Calcutta medical institutions reports 1892-1900
Year: 1892
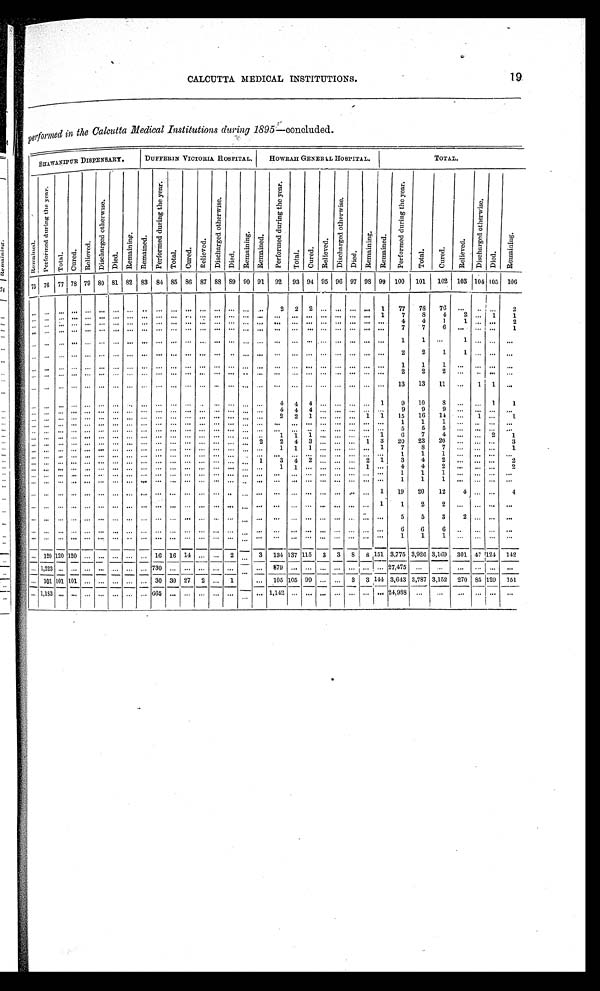
19
CALCUTTA MEDICAL INSTITUTIONS.
performed in the Calcutta Medical Institutions during 1895 —concluded
.
B H A W A N I P U R D I S P E N S A R Y .
DUFFERIN VICTORIA HOSPITAL.
HOWRAH GENERAL HOSPITAL.
TOTAL.
R e m a i n e d .
P e r f o r m e d d u r i n g t h e y e a r .
T o t a l .
C u r e d .
R e l i e v e d .
D i s c h a r g e d o t h e r w i s e .
D i e d .
Remai ni ng.
R e m a i n e d .
P e r f o r m e d d u r i n g t h e y e a r .
T o t a l .
C u r e d .
R e l i e v e d
D i s c h a r g e d o t h e r w i s e .
D i e d .
R e m a i n i n g .
R e m a i n e d .
P e r f o r m e d d u r i n g t h e y e a r .
T o t a l .
C u r e d .
R e l i e v e d .
D i s c h a r g e d o t h e r w i s e .
D i e d .
R e m a i n i n g .
R e m a i n e d .
P e r f o r m e d d u r i n g t h e y e a r .
T o t a l .
C u r e d .
R e l i e v e d .
D i s c h a r g e d o t h e r w i s e .
D i e d .
R e m a i n i n i g .
9 4
9 5
9 6
9 7
9 8
9 9
1 0 0
1 0 1
1 0 2
1 0 3
1 0 4
1 0 5 1 0 6
82
8 3
8 4
8 5
8 6 87
8 8
8 9
90
9 1
9 2
9 3
8 0
8 1
77
7 8 7 9
7 5
7 6
2
. . .
. . .
. . .
. . .
1
7 7
7 8
7 6
. . .
. . .
. . .
2
. . .
. . .
. . .
. . .
. . . . . .
. . .
. . .
. . .
. . .
2
2
. . .
. . .. . . . . .
. . .
. . .
4
2
. . .
1
1
7
8
1
. . .
. . .
. . .
. . .
. . .
. . .
. . .
. . .
. . .
. . .
. . .
1
. . .
4
4
1
. . .
. . .
2
. . .
. . .
. . .
. . .
. . .. . .
. . .
. . .
. . .
. . . . . .
. . .
. . .
. . .
. . .
. . .
. . .
. . .
. . .
. . .
. . .
. . .
. . .. . .
. . .
. . .
. . .
. . .
. . .
. . . . . .
. . .
. . .
. . .
7
7
6 . . .
. . .
. . .
1
. . .
. . .. . .
. . .
. . .
. . .
. . .
. . .
. . .
. . .
. . .
. . . . . .
. . .
. . .
. . .
. . .
. . .
. . .
. . .
. . .
. . .
1
1
. . . 1
. . .
. . .
. . .
. . . . . .
. . .
. . .
. . .
. . .
. . .. . . . . .
. . .
. . .
. . .
. . .
. . .
. . .
. . .
. . .
. . . . . .
. . .
. . .
. . .
. . .
. . .
. . .
. . .
. . .
. . .
. . .
. . .
. . .
2
2
1 1
. . .
. . .
. . .
. . .
. . . . . .
. . .
. . .
. . .
. . .
. . .
. . .
. . .
. . .
. . . . . .
. . .
. . .
. . .
. . .
. . .
. . .
. . .
. . .
. . .
. . .
. . .
. . .
1
1
1 . . .
. . .
. . . . . .
. . .
. . .. . .
. . .
. . .
. . .
. . .
. . .
. . .
. . .
. . .
. . . . . .
. . .
. . .
. . .
. . .
. . .
. . .
. . .
. . .
. . .
. . .
. . .
. . .
2
2
2
. . .
. . .
. . .
. . .
. . .
. . .
. . .
. . .
. . .
. . .
. . .
. . .
. . .
. . .
. . .
. . .
. . .
. . .
. . .. . .
. . .
. . .
. . .
. . .
. . .
. . .
. . .
. . .
1 3
1 3
1 1
. . .
1
1 . . .
. . .
. . . . . .
. . .
. . .
. . .
. . .
. . .
. . .
. . .
. . .
. . .
. . . . . .
. . .
. . .
. . .
. . .
. . .
. . .
. . .
. . .
. . .
. . .
. . .
. . .
. . .
. . .
. . .
. . .
. . .
. . .
. . .
. . .
. . .
. . .
. . .
. . .
. . .
. . .
. . .
. . .
. . .
4
4
4 . . .
. . .. . .
. . .
1
9
10
8 . . .
. . .
1
1
9
9
. . .
. . .
. . . . . .
9
. . .
. . .
. . .
. . .
4
4
4 . . .
. . .. . .
. . .
. . .
1
15
16
14
. . .
1
. . .
1
. . .
. . .
. . .
. . .
. . .
. . .
. . .
. . .
. . .
. . .
. . . . . .
1
. . .
. . .
. . .
. . .
2
2
1 . . .
. . . . . .
. . .
1
1
1
. . .
. . .
. . . . . .
. . .
. . .
. . .
. . .
. . .
. . .
. . .
. . .
. . .
. . .
. . .. . .
. . .
. . .
. . .. . .
. . . . . .
. . .
. . .
. . .
. . .
. . .
. . .
. . .
. . .
. . .
. . .
. . .
. . .
. . .. . .
. . .
. . .
. . .
. . .
5
5 . . .
. . .
. . .
. . .
5
. . .
. . .
. . . . . .
. . .
. . .
. . .
. . .
. . .
6
7
4
. . .
. . . 2
1
. . .
. . .
. . .
. . .
. . .
. . .
. . .
. . .
. . .
. . .
. . .
. . .
. . .
. . .
. . .
. . .
1
. . .
. . .
1 . . .
. . . . . .
. . .
. . .
1
1
3
20
23
20
. . .
. . .
. . .
3
. . .
. . .
. . .
. . .. . .
. . .
. . .
. . .
. . .
. . .
. . .
. . . . . .
. . .
. . .
. . .
2
4
3 . . .
. . .. . .
1
2
8
7
. . .
. . .
. . .
1
. . .
. . .
. . .. . .
. . .
. . .
. . .
. . .
. . .
. . .
. . . . . .
. . .
. . .
. . .
1
7
. . .
1
1
1 . . .
. . .. . .
. . .
1
1
. . .
. . .
. . . . . .
. . .
. . .
. . .. . .
. . .
. . .
. . .
. . .
. . .
. . .
. . . . . .
. . .
. . .
. . .
. . .
1
. . .
. . .
. . .
. . . . . .
. . . . . .
. . .
. . .
. . .
3
4
2
. . .
. . .
. . .
2
. . .
. . .
. . .
. . .. . .
. . .
. . .
. . .
. . .
. . .
. . .
. . . . . .
. . .
. . .
. . .
2
1
3
4
2 . . .
. . . . . .
1
4
2 . . .
. . .
. . .
2
4
1
. . .
. . .
. . .
. . .
. . .. . .
. . .
. . .
. . .
. . .
. . .
. . .
. . . . . .
. . .
. . .
. . .
1
1
. . .. . .
. . .. . .
1
1
1 . . .
. . .
. . .
. . .
. . .
. . .
. . .. . . . . .
. . .
. . .
. . .
. . .
. . . . . .
. . . . . .
. . . . . .
. . .
. . .
. . .
. . .. . .
. . .. . .
. . .
. . .
. . .
1
1
1 . . .
. . .
. . .
. . .
. . .
. . .
. . .. . . . . . . . .
. . .
. . .
. . .
. . .
. . .
. . .. . .
. . .. . .
. . .
. . .
. . .
. . .
. . .. . .
. . .. . .
. . .
. . .
. . .
. . .
. . .. . . . . . . . .
. . .
. . .
. . .
. . .
. . .
. . .. . .
. . .. . .
. . .
. . .
. . .
. . .
. . .
. . . . . .
. . . 1
19
20
12
4
. . .
. . .
4
. . .. . . . . . . . . . . . . . .
. . .. . .
. . .
. . .. . . . . . . . . . . . . . . . . . . . .
1
1
2
2
. . .
. . .
. . . . . .
. . .. . . . . . . . . . . . . . .
. . .. . .
. . .
. . .. . . . . . . . . . . . . . . . . . . . .
. . .
. . .
. . .. . . . . . . . .
. . .
5
5
3
2
. . .
. . . . . .
. . .. . . . . . . . . . . . . . .
. . .. . .
. . .
. . .. . . . . . . . . . . . . . . . . . . . .
. . .
. . .
. . .. . . . . . . . .
. . .
. . .
6
6
. . .
. . .
. . . . . .
6
. . .. . . . . . . . . . . . . . .
. . .. . .
. . .
. . .. . . . . . . . . . . . . . . . . . . . .
. . .
. . .
. . .. . . . . . . . .
. . .
. . .
1
1
1
. . .
. . .
. . . . . .
. . .
. . . . . . . . . . . .
. . .
. . .
. . .
. . .. . . . . . . . . . . . . . .
. . .. . .
. . .
. . .. . . . . . . . .
. . . . . .
. . . . . .
1 5 1
3 , 7 7 5 3,926 3,169
3 0 1 47 124
1 4 2
8
. . .
1 2 0
1 2 0
1 2 0
. . .
. . .
. . .
. . .
. . .
1 6
16 14 . . .
. . .
2
. . .
3
1 3 4 137 115
3
3
8
. . .
. . .
2 7 , 4 7 5 . . . . . .
. . .
. . . . . .
. . .
. . . . . .
. . .
. . . . . .
. . .
. . .
. . .
8 7 9 . . . . . .
. . .
. . .
1 , 2 2 3
. . .
. . .
. . .
. . .
. . . . . .
. . .
7 3 0. . .
1 4 4 3,643 3,787 3,152
270
85 129
151
. . .
3
99
. . .
3
30 27 2
. . . 1
. . .
. . .
1 0 5 105
30
. . .
1 0 1
1 0 1
1 0 1 . . . . . .
. . . . . .
. . .
. . .
. . .
. . .
. . . 24,988 . . .
. . .
. . .
. . . . . .
. . .
1,142 . . .
. . .
. . .
. . .
. . .
. . .
. . .
. . .
. . .
. . .
6 6 5
. . .
1,183
. . .
. . . . . . . . .
. . . . . .
. . .